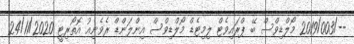
--/2019/003 މޯލްޑިވްސް ބޭ ޕްރައިވެޓް ލިމިޓެޑް މޯލްޑިވްސް އިންލަންޑް ރެވެނިއު އޮތޯރިޓީ 24/11/2020